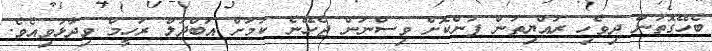
ބެހޭގޮތުން ދިވެހި ރައްޔިތުން ފުންކޮށް ވިސްނަން ޖެހޭނެ ކަމަށް އަބްދުލް ރަހީމް ވިދާޅުވިއެވެ.